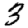
Digit: 3